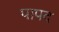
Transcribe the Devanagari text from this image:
पापद